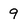
Character: 9